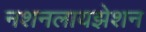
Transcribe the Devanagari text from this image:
नशनलायझेशन